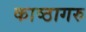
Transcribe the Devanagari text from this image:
काष्ठागरु